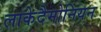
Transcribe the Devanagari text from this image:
लाकेदैमोनियन